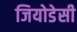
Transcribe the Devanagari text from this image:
जियोडेसी